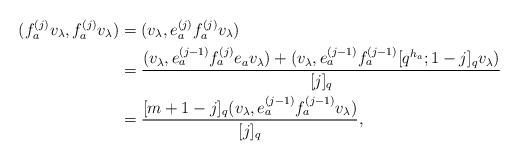
LaTeX: \begin{align*}(f_a^{(j)}v_{\lambda}, f_a^{(j)} v_{\lambda}) & = (v_{\lambda}, e_a^{(j)} f_a^{(j)} v_{\lambda}) \\ &= \frac{(v_{\lambda},e_a^{(j-1)}f_a^{(j)}e_a v_{\lambda}) + (v_{\lambda}, e_a^{(j-1)} f_a^{(j-1)} [q^{h_a}; 1-j]_q v_{\lambda})}{[j]_q}\\ &= \frac{[m+1-j]_q(v_{\lambda}, e_a^{(j-1)} f_a^{(j-1)} v_{\lambda})}{[j]_q},\end{align*}